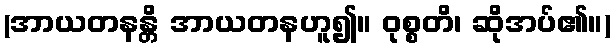
(အာယတနန္တိ အာယတနဟူ၍။ ဝုစ္စတိ၊ ဆိုအပ်၏။)